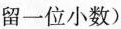
留一位小数)